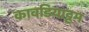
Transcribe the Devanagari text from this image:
कावडियाट्टम